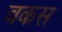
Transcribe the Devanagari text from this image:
वकस